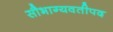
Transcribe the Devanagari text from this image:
सौभाग्यवतीपद